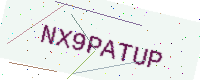
Text: NX9PATUP